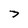
Character: 3